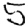
Digit: 5